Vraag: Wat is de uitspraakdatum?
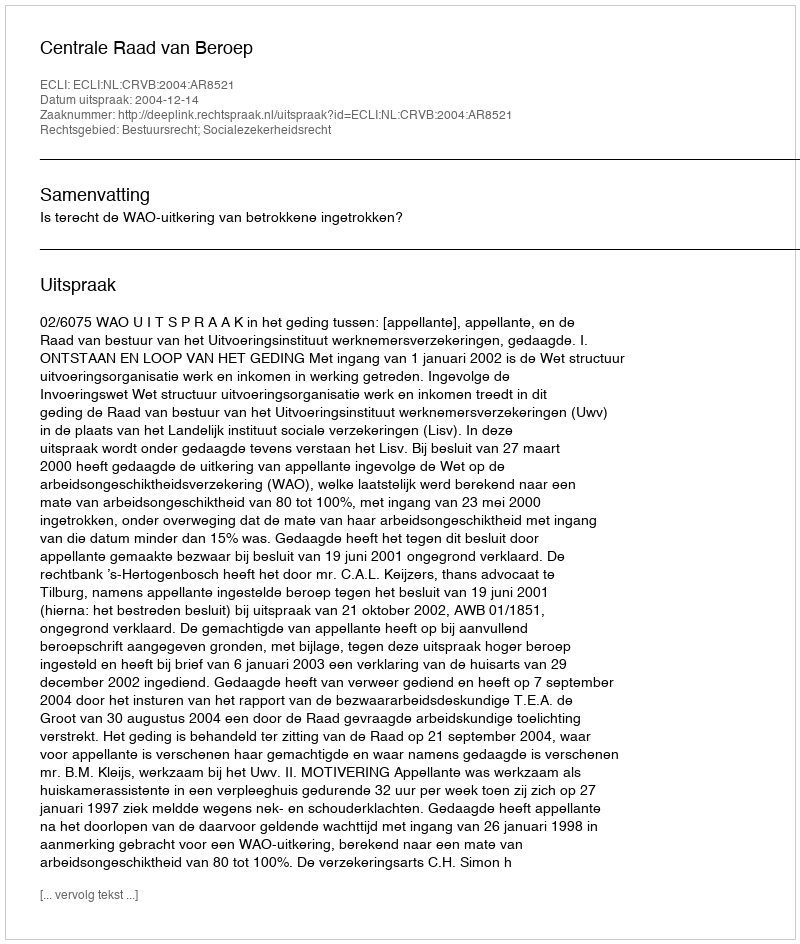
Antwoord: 2004-12-14